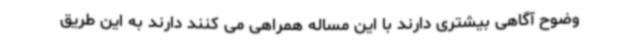
وضوح آگاهی بیشتری دارند با این مساله همراهی می کنند دارند به این طریق